Civil Veterinary Department. Central Provinces & Berar 1932-41 - 1932-1941
Year: 1932
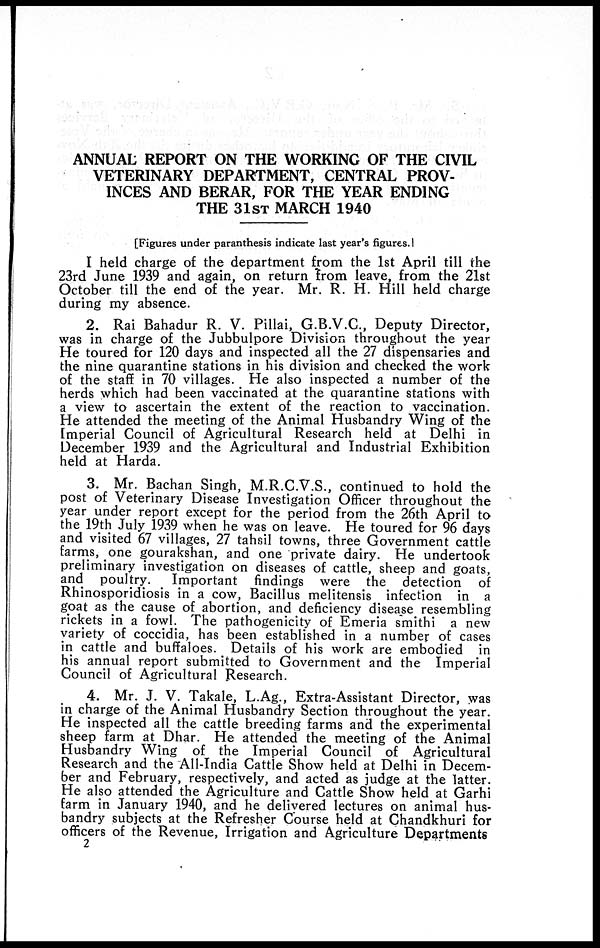
ANNUAL REPORT ON THE WORKING OF THE CIVIL
VETERINARY DEPARTMENT, CENTRAL PROV-
INCES AND BERAR, FOR THE YEAR ENDING
THE 31ST MARCH 1940
[Figures under paranthesis indicate last year's figures.]
I held charge of the department from the 1st April till the
23rd June 1939 and again, on return from leave, from the 21st
October till the end of the year. Mr. R. H. Hill held charge
during my absence.
2. Rai Bahadur R. V. Pillai, G.B.V.C., Deputy Director,
was in charge of the Jubbulpore Division throughout the year
He toured for 120 days and inspected all the 27 dispensaries and
the nine quarantine stations in his division and checked the work
of the staff in 70 villages. He also inspected a number of the
herds which had been vaccinated at the quarantine stations with
a view to ascertain the extent of the reaction to vaccination.
He attended the meeting of the Animal Husbandry Wing of the
Imperial Council of Agricultural Research held at Delhi in
December 1939 and the Agricultural and Industrial Exhibition
held at Harda.
3. Mr. Bachan Singh, M.R.C.V.S., continued to hold the
post of Veterinary Disease Investigation Officer throughout the
year under report except for the period from the 26th April to
the 19th July 1939 when he was on leave. He toured for 96 days
and visited 67 villages, 27 tahsil towns, three Government cattle
farms, one gourakshan, and one private dairy. He undertook
preliminary investigation on diseases of cattle, sheep and goats,
and poultry. Important findings were the detection of
Rhinosporidiosis in a cow, Bacillus melitensis infection in a
goat as the cause of abortion, and deficiency disease resembling
rickets in a fowl. The pathogenicity of Emeria smithi a new
variety of coccidia, has been established in a number of cases
in cattle and buffaloes. Details of his work are embodied in
his annual report submitted to Government and the Imperial
Council of Agricultural Research.
4. Mr. J. V. Takale, L.Ag., Extra-Assistant Director, was
in charge of the Animal Husbandry Section throughout the year.
He inspected all the cattle breeding farms and the experimental
sheep farm at Dhar. He attended the meeting of the Animal
Husbandry Wing of the Imperial Council of Agricultural
Research and the All-India Cattle Show held at Delhi in Decem-
ber and February, respectively, and acted as judge at the latter.
He also attended the Agriculture and Cattle Show held at Garhi
farm in January 1940, and he delivered lectures on animal hus-
bandry subjects at the Refresher Course held at Chandkhuri for
officers of the Revenue, Irrigation and Agriculture Departments